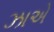
ઝાએ